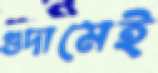
গুদামেই